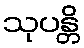
သုပန္တိ